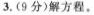
3.(9分)解方程。